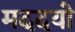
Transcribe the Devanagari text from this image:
मददयो